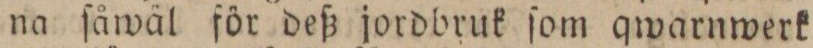
na ſåwäl för deß jordbruk ſom qwarnwerk